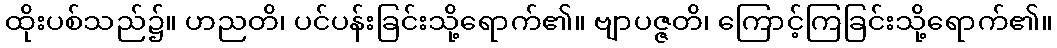
ထိုးပစ်သည်၌။ ဟညတိ၊ ပင်ပန်းခြင်းသို့ရောက်၏။ ဗျာပဇ္ဇတိ၊ ကြောင့်ကြခြင်းသို့ရောက်၏။